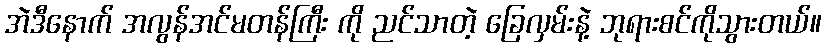
အဲဒီနောက် အလွန်အင်မတန်ကြီး ကို ညင်သာတဲ့ ခြေလှမ်းနဲ့ ဘုရားစင်ကိုသွားတယ်။